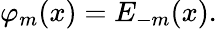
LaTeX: \varphi_{m}(x)=E_{-m}(x).